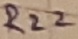
Text: R22